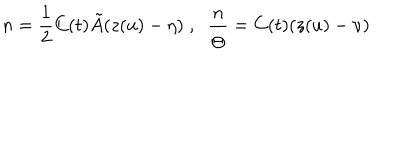
n = \frac { 1 } { 2 } C ( t ) \tilde { A } ( z ( u ) - \eta ) \; , \; \; \frac { n } { \dot { \Theta } } = C ( t ) ( z ( u ) - \nu )